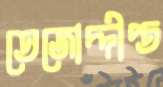
তেজোদ্দীপ্ত